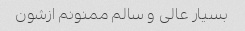
بسیار عالی و سالم ممنونم ازشون